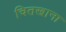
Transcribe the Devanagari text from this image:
चितखाना